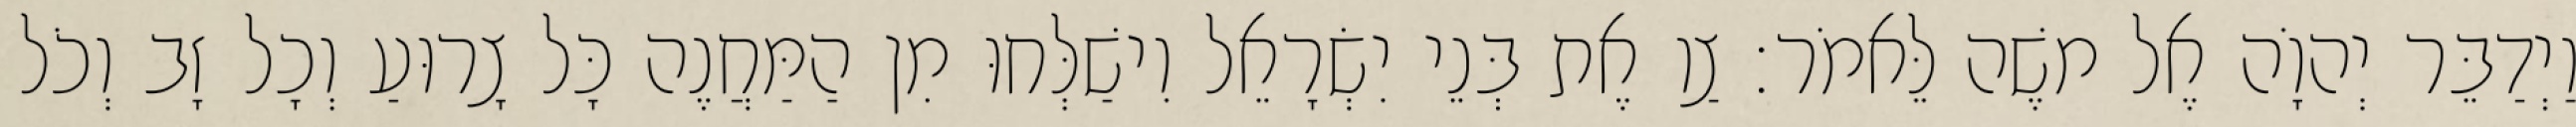
וַיְדַבֵּר יְהוָֹה אֶל משֶׁה לֵּאמֹר׃ צַו אֶת בְּנֵי יִשְׂרָאֵל וִישַׁלְּחוּ מִן הַמַּחֲנֶה כָּל צָרוּעַ וְכָל זָב וְכֹל